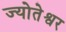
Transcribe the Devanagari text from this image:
ज्योतेश्वर